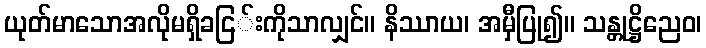
ယုတ်မာသောအလိုမရှိခငြ်းကိုသာလျှင်။ နိဿာယ၊ အမှီပြု၍။ သန္တုဋ္ဌိညေဝ၊